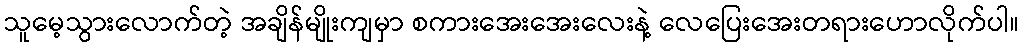
သူမေ့သွားလောက်တဲ့ အချိန်မျိုးကျမှာ စကားအေးအေးလေးနဲ့ လေပြေးအေးတရားဟောလိုက်ပါ။